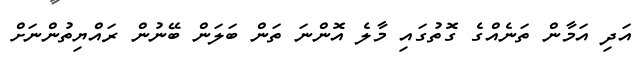
އަދި އަމާން ތަނެއްގެ ގޮތުގައި މާލެ އޮންނަ ތަން ބަލަން ބޭނުން ރައްޔިތުންނަށް